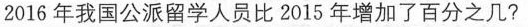
2016年我国公派留学人员比2015年增加了百分之几?